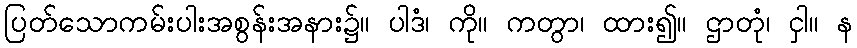
ပြတ်သောကမ်းပါးအစွန်းအနား၌။ ပါဒံ၊ ကို။ ကတွာ၊ ထား၍။ ဌာတုံ၊ ငှါ။ န